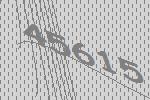
45615